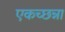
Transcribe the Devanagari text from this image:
एकच्छन्ना